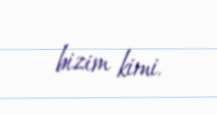
bizim kimi.